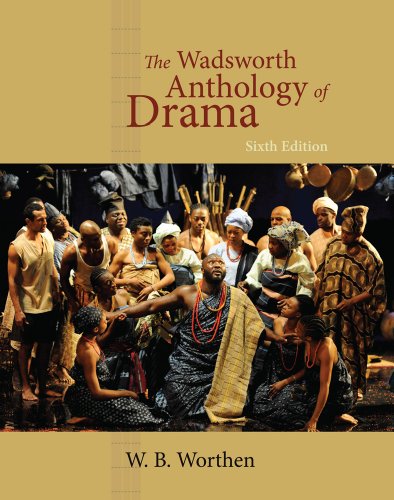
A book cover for The Wadsworth Anthology of Drama, Revised Edition; W. B. Worthen; Humor & Entertainment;